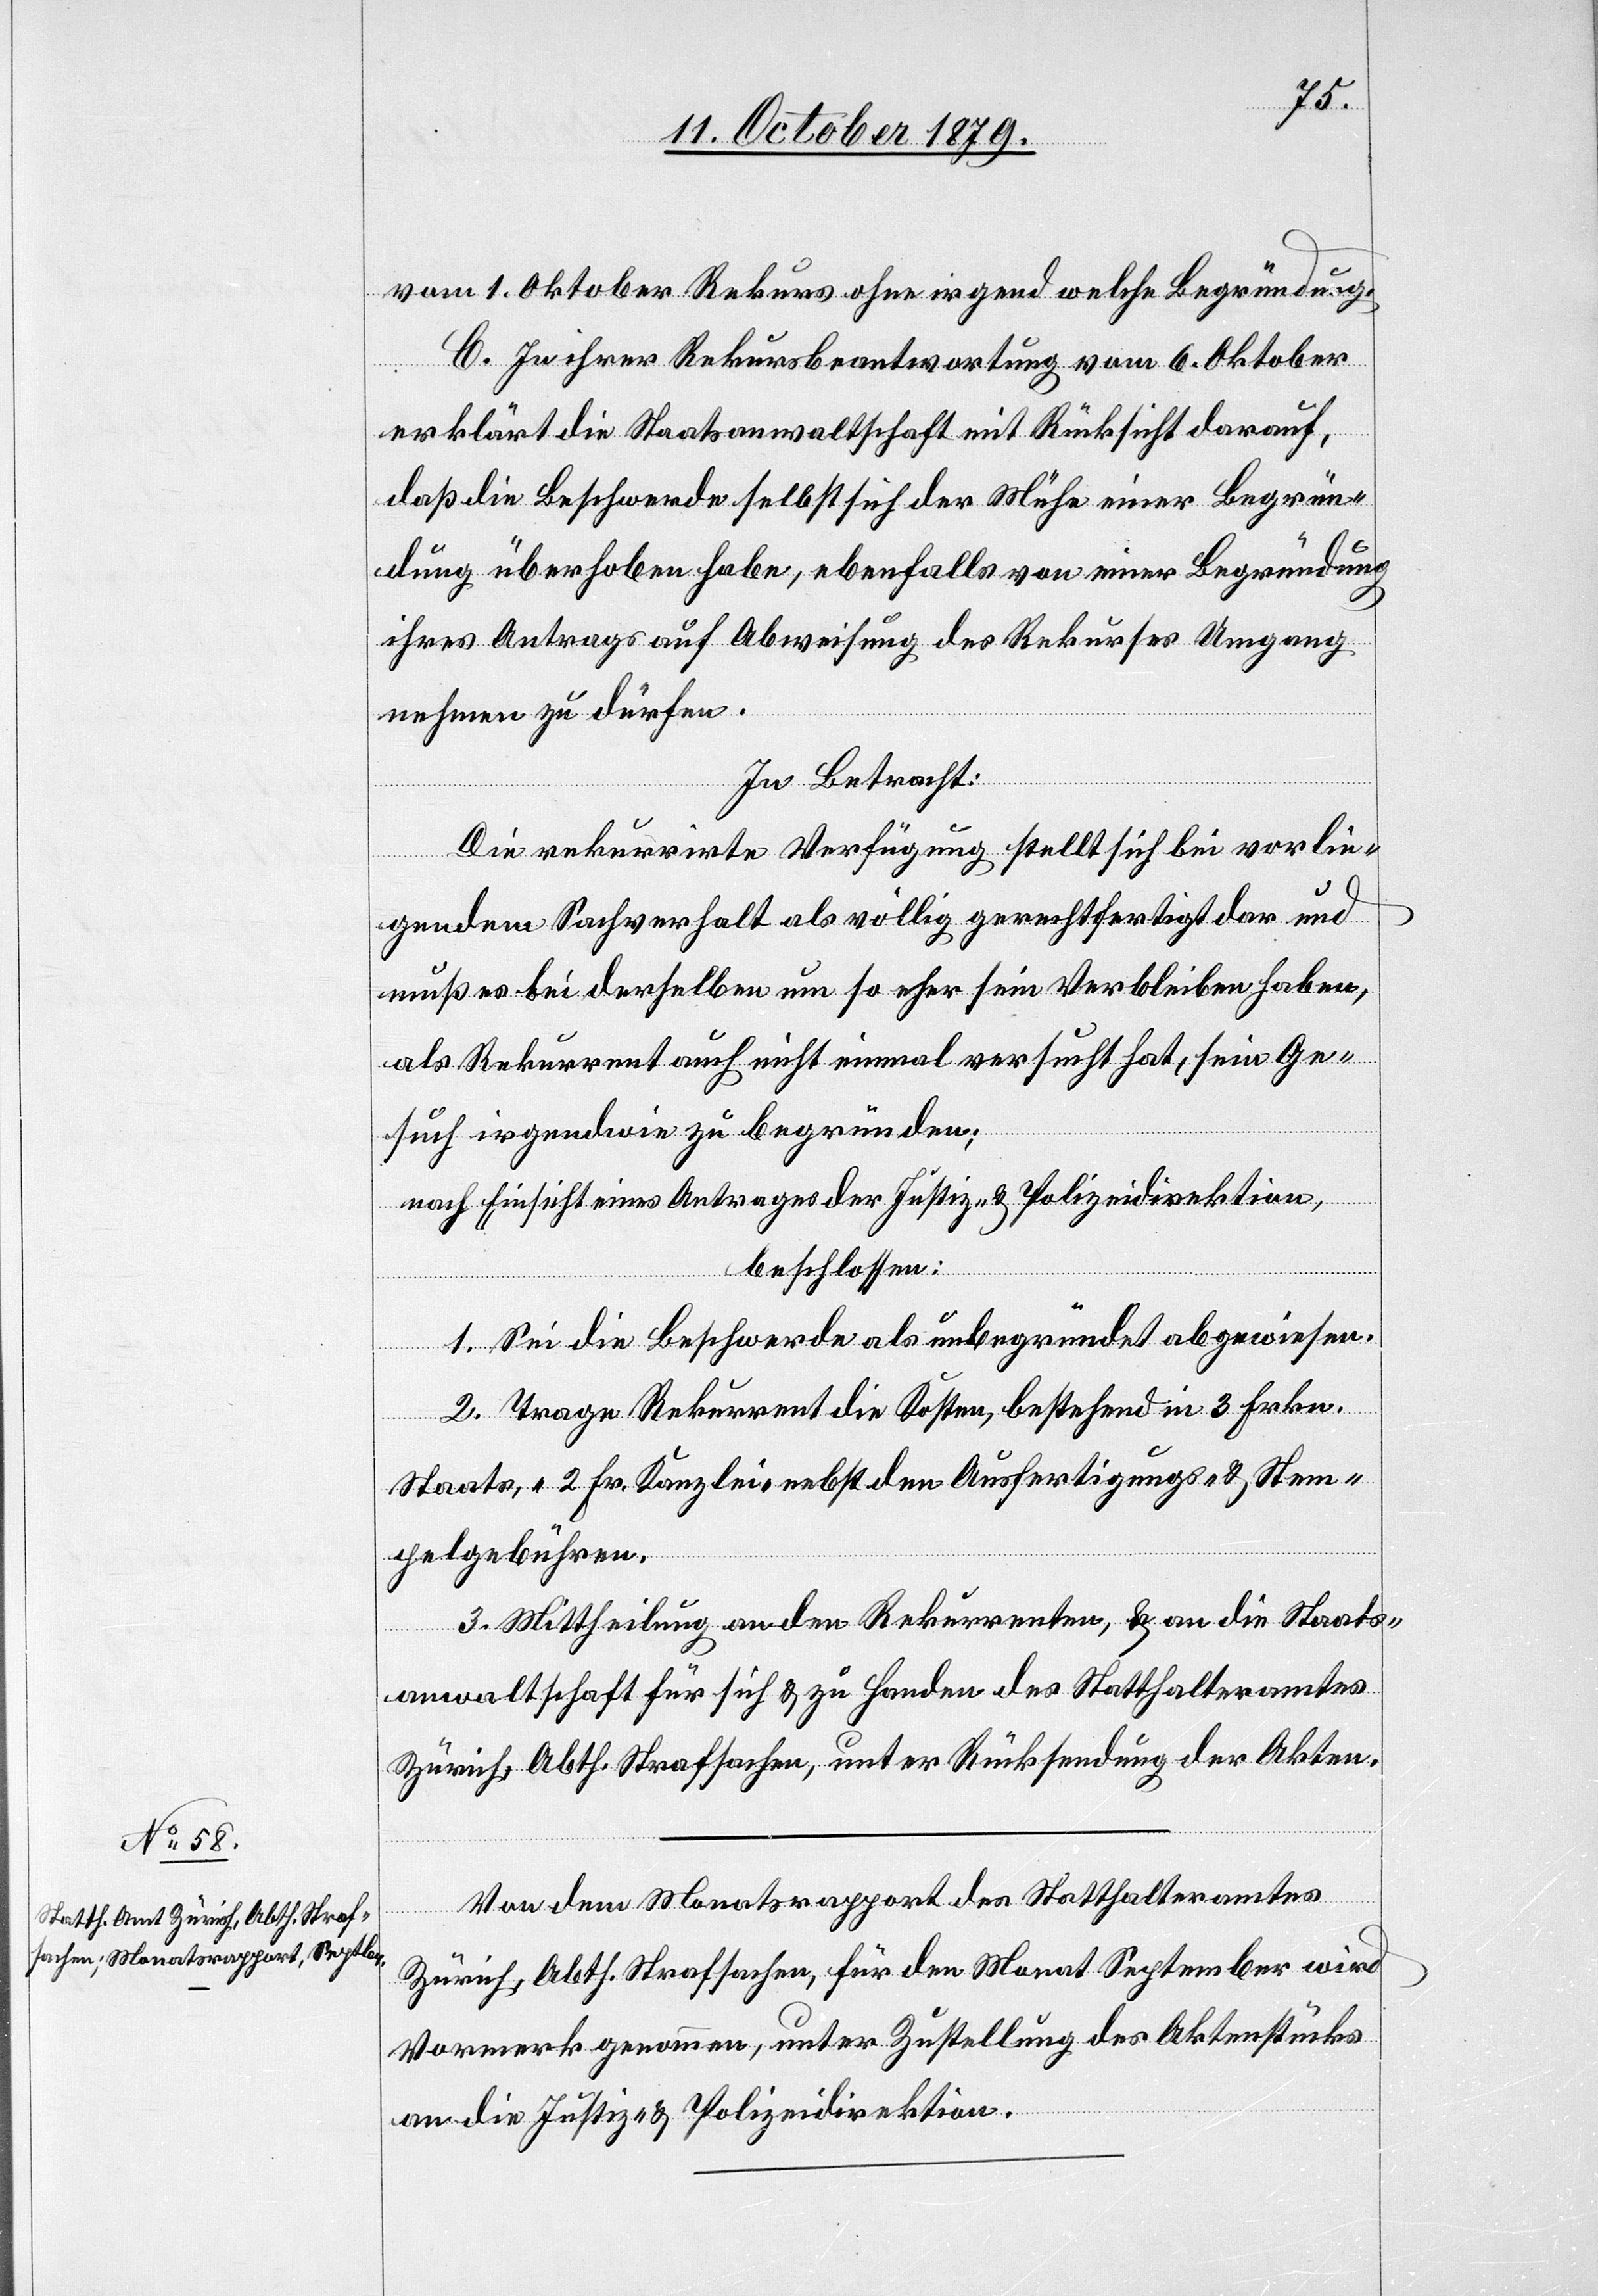
vom 1. Oktober Rekurs ohne irgend welche Begründung.
C. Zu ihrer Rekursbeantwortung vom 6. Oktober
erklärt die Staatsanwaltschaft mit Rücksicht darauf,
daß die Beschwerde selbst sich der Mühe einer Begrün¬
dung überhoben habe, ebenfalls von einer Begründung
ihres Antrags auf Abweisung des Rekurses Umgang
nehmen zu dürfen.
In Betracht:
Die rekurrirte Verfügung stellt sich bei vorlie¬
gendem Sachverhalt als völlig gerechtfertigt dar und
muß es bei derselben um so eher sein Verbleiben haben,
als Rekurrent auch nicht einmal versucht hat, sein Ge¬
such irgendwie zu begründen;
nach Einsicht eines Antrages der Justiz- & Polizeidirektion,
beschlossen:
1. Sei die Beschwerde als unbegründet abgewiesen.
2. Trage Rekurrent die Kosten, bestehend in 3 Frkn.
Staats-, 2 Fr. Kanzlei- nebst den Ausfertigungs- & Stem¬
pelgebühren.
3. Mittheilung an den Rekurrenten, & an die Staats¬
anwaltschaft für sich & zu Handen des Statthalteramtes
Zürich, Abth. Strafsachen, unter Rücksendung der Akten.
Von dem Monatsrapport des Statthalteramtes
Zürich, Abth. Strafsachen, für den Monat September wird
Vormerk genommen, unter Zustellung des Aktenstücks
an die Justiz- & Polizeidirektion.